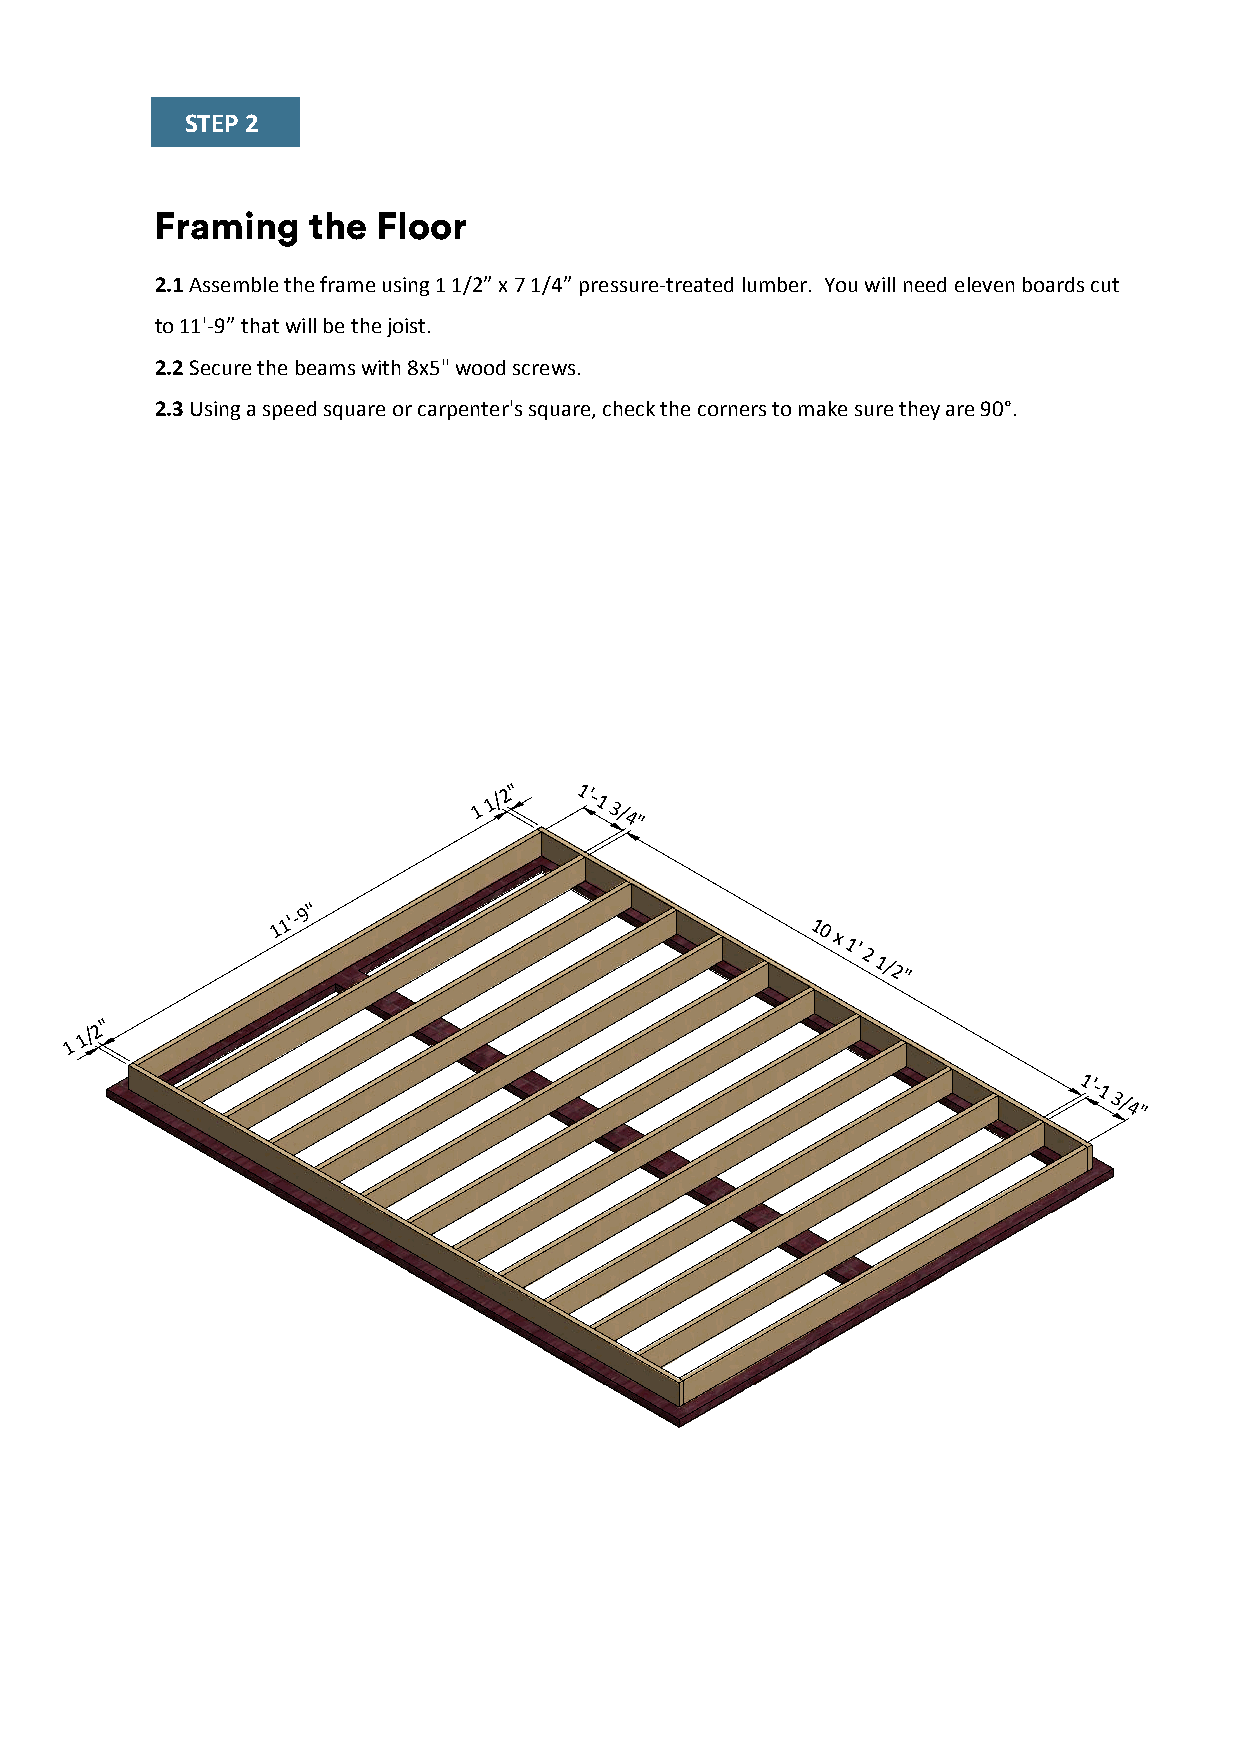
STEP 2
 Framing   the  Floor
 2.1 Assemble the frame using 1 1/2” x 7 1/4” pressure-treated lumber. You will need eleven boards cut
 to 11'-9” that will be the joist.
 2.2 Secure the beams with 8x5" wood screws.
 2.3 Using a speed square or carpenter's square, check the corners to make sure they are 90°.
 1
 1/2"  1'-1
 3/4"
 1
 1'-9"
 10
 x
 1'
 2
 1/2"
 1
 1/2"
 1'-1
 3/4"